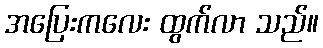
အပြေးကလေး ထွက်လာ သည်။